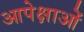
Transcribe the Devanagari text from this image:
आपेक्षाओं